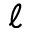
\ell